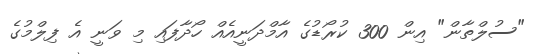
"ސުލްތާން" އިން 300 ކުރޯޑުގެ އާމްދަނީއެއް ހޯދާފައި މި ވަނީ އެ ފިލްމުގެ